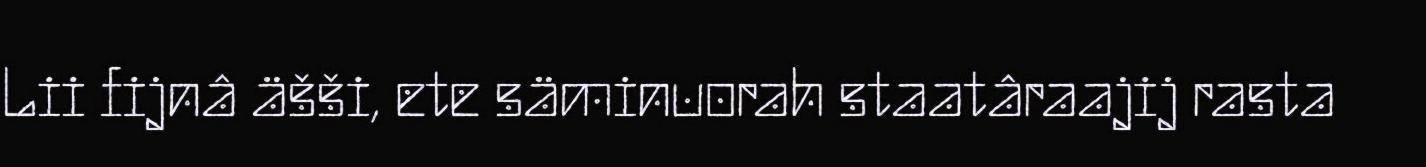
Lii fijnâ äšši, ete säminuorah staatâraajij rasta